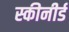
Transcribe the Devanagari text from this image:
स्कीनीर्ड